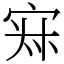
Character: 𡨜